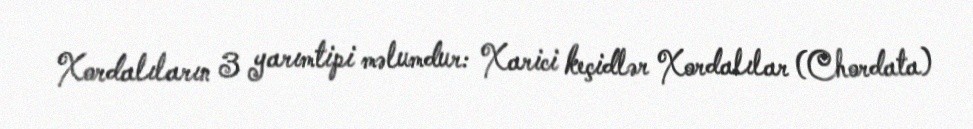
Xordalıların 3 yarımtipi məlumdur: Xarici keçidlər Xordalılar (Chordata)